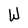
Character: W